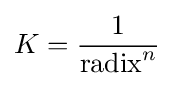
K={1 \over {\text{radix}}^{n}}